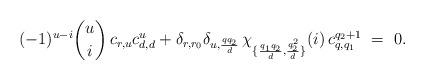
LaTeX: \begin{align*}(-1)^{u-i}{u\choose i}{\,}c_{r,u}c_{d,d}^u+\delta_{r,r_0}\delta_{u,\frac{qq_2}{d}}{\,}\chi_{\{\frac{q_1q_2}{d},\frac{q_2^2}{d}\}}(i){\,}c_{q,q_1}^{q_2+1} ~=~ 0.\end{align*}